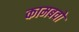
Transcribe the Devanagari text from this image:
कामबवो